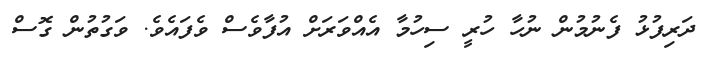
ދަރިފުޅު ފެނުމުން ނުހާ ހުރީ ސިހުމާ އެއްވަރަށް އުފާވެސް ވެފައެވެ. ވަގުތުން ގޮސް